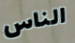
الناس